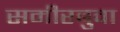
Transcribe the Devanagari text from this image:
समीरबुवा